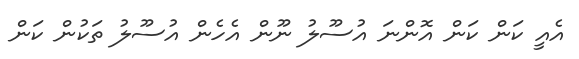
އެއީ ކަން ކަން އޮންނަ އުސޫލު ނޫން އެހެން އުސޫލު ތަކުން ކަން